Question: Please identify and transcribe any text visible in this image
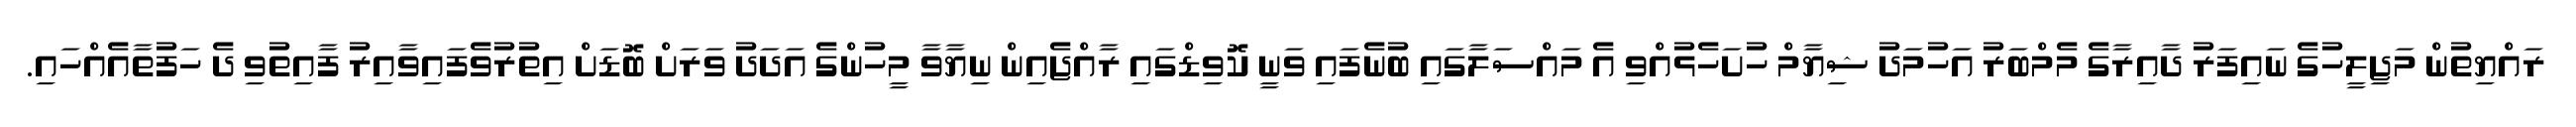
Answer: ރައްޔިތުން މަޖިލީހުގެ ނައިފަރު ދާއިރާގެ މެމްބަރު އަހުމަދު ޝިޔާމް ހުށަހެޅުއްވި އެ މައްސަލާގައި ބުނެފައި ވަނީ ކޮވިޑްގައި ރާއްޖެއިން ނިޔާވާ މީހުންގެ އަދަދު ވަރަށް ބޮޑަށް އިތުރުވެފައިވާއިރު ފާއިތުވި ދެ ހަފުތާއެއްހައި.